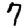
Digit: 7